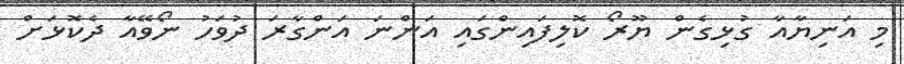
މި އަނިޔާއާ ގުޅިގެން ޔޫރޯ ކޮލިފައިންގައި އަންނަ އަންގާރަ ދުވަހު ނޯވޭއާ ދެކޮޅަށް